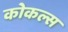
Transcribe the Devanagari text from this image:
कोकल्स